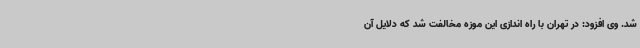
شد. وی افزود: در تهران با راه اندازی این موزه مخالفت شد که دلایل آن